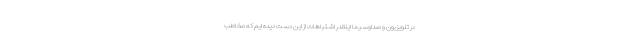
در تلویزیون و صداوسیما اینقدر اشتباهات از این دست دیده ایم که مخاطب